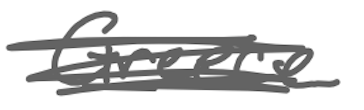
Text: Greece
Cross-out: scratch
Writing tool: digital_gray